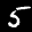
Label: 5